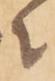
々